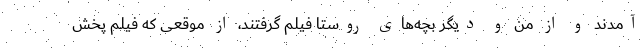
آمدند و از من و دیگر بچه‌های روستا فیلم گرفتند، از موقعی که فیلم پخش